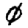
Digit: 0